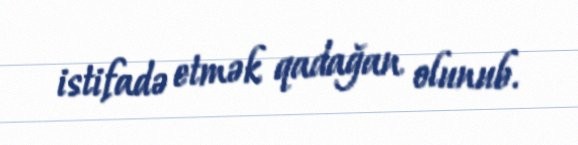
istifadə etmək qadağan olunub.